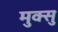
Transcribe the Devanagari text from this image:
मुक्सु